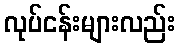
လုပ်ငန်းများလည်း